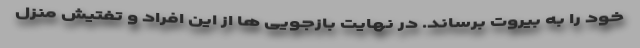
خود را به بیروت برساند. در نهایت بازجویی ها از این افراد و تفتیش منزل